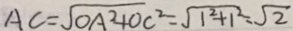
A C = \sqrt { O A ^ { 2 } + O C ^ { 2 } } = \sqrt { 1 ^ { 2 } + 1 ^ { 2 } } = \sqrt { 2 }